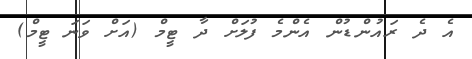
އެ ދެ ރައުންޑުން އެންމެ ފުލަށް ދާ ޓީމް (އަށް ވަނަ ޓީމް)